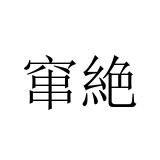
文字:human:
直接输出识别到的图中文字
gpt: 窜絶